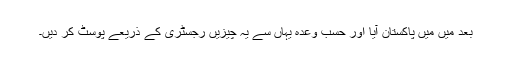
بعد میں میں پاکستان آیا اور حسب وعدہ یہاں سے یہ چیزیں رجسٹری کے ذریعے پوسٹ کر دیں۔